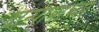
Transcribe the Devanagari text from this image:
दान्पात्राच्या